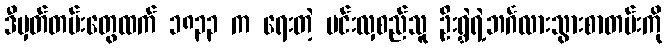
ဒီမှတ်တမ်းတွေထက် ၁၈၃၃ က ရေးတဲ့ မင်းလှစည်သူ ဦးရွှဲရဲ့ဘင်္ဂလားသွားစာတမ်းကို